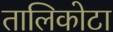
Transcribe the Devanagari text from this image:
तालिकोटा